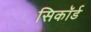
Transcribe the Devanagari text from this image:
सिकॉर्ड